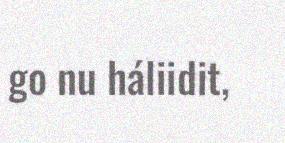
go nu háliidit,